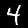
Digit: 4